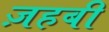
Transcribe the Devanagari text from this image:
ज़हबी